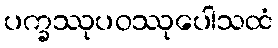
ပက္ခဿုပဝဿုပေါသထံ